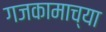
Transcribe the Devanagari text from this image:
गजकामाच्या